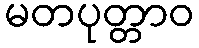
မတပုတ္တာဝ